Trukikaitis_Postimees, lk 90
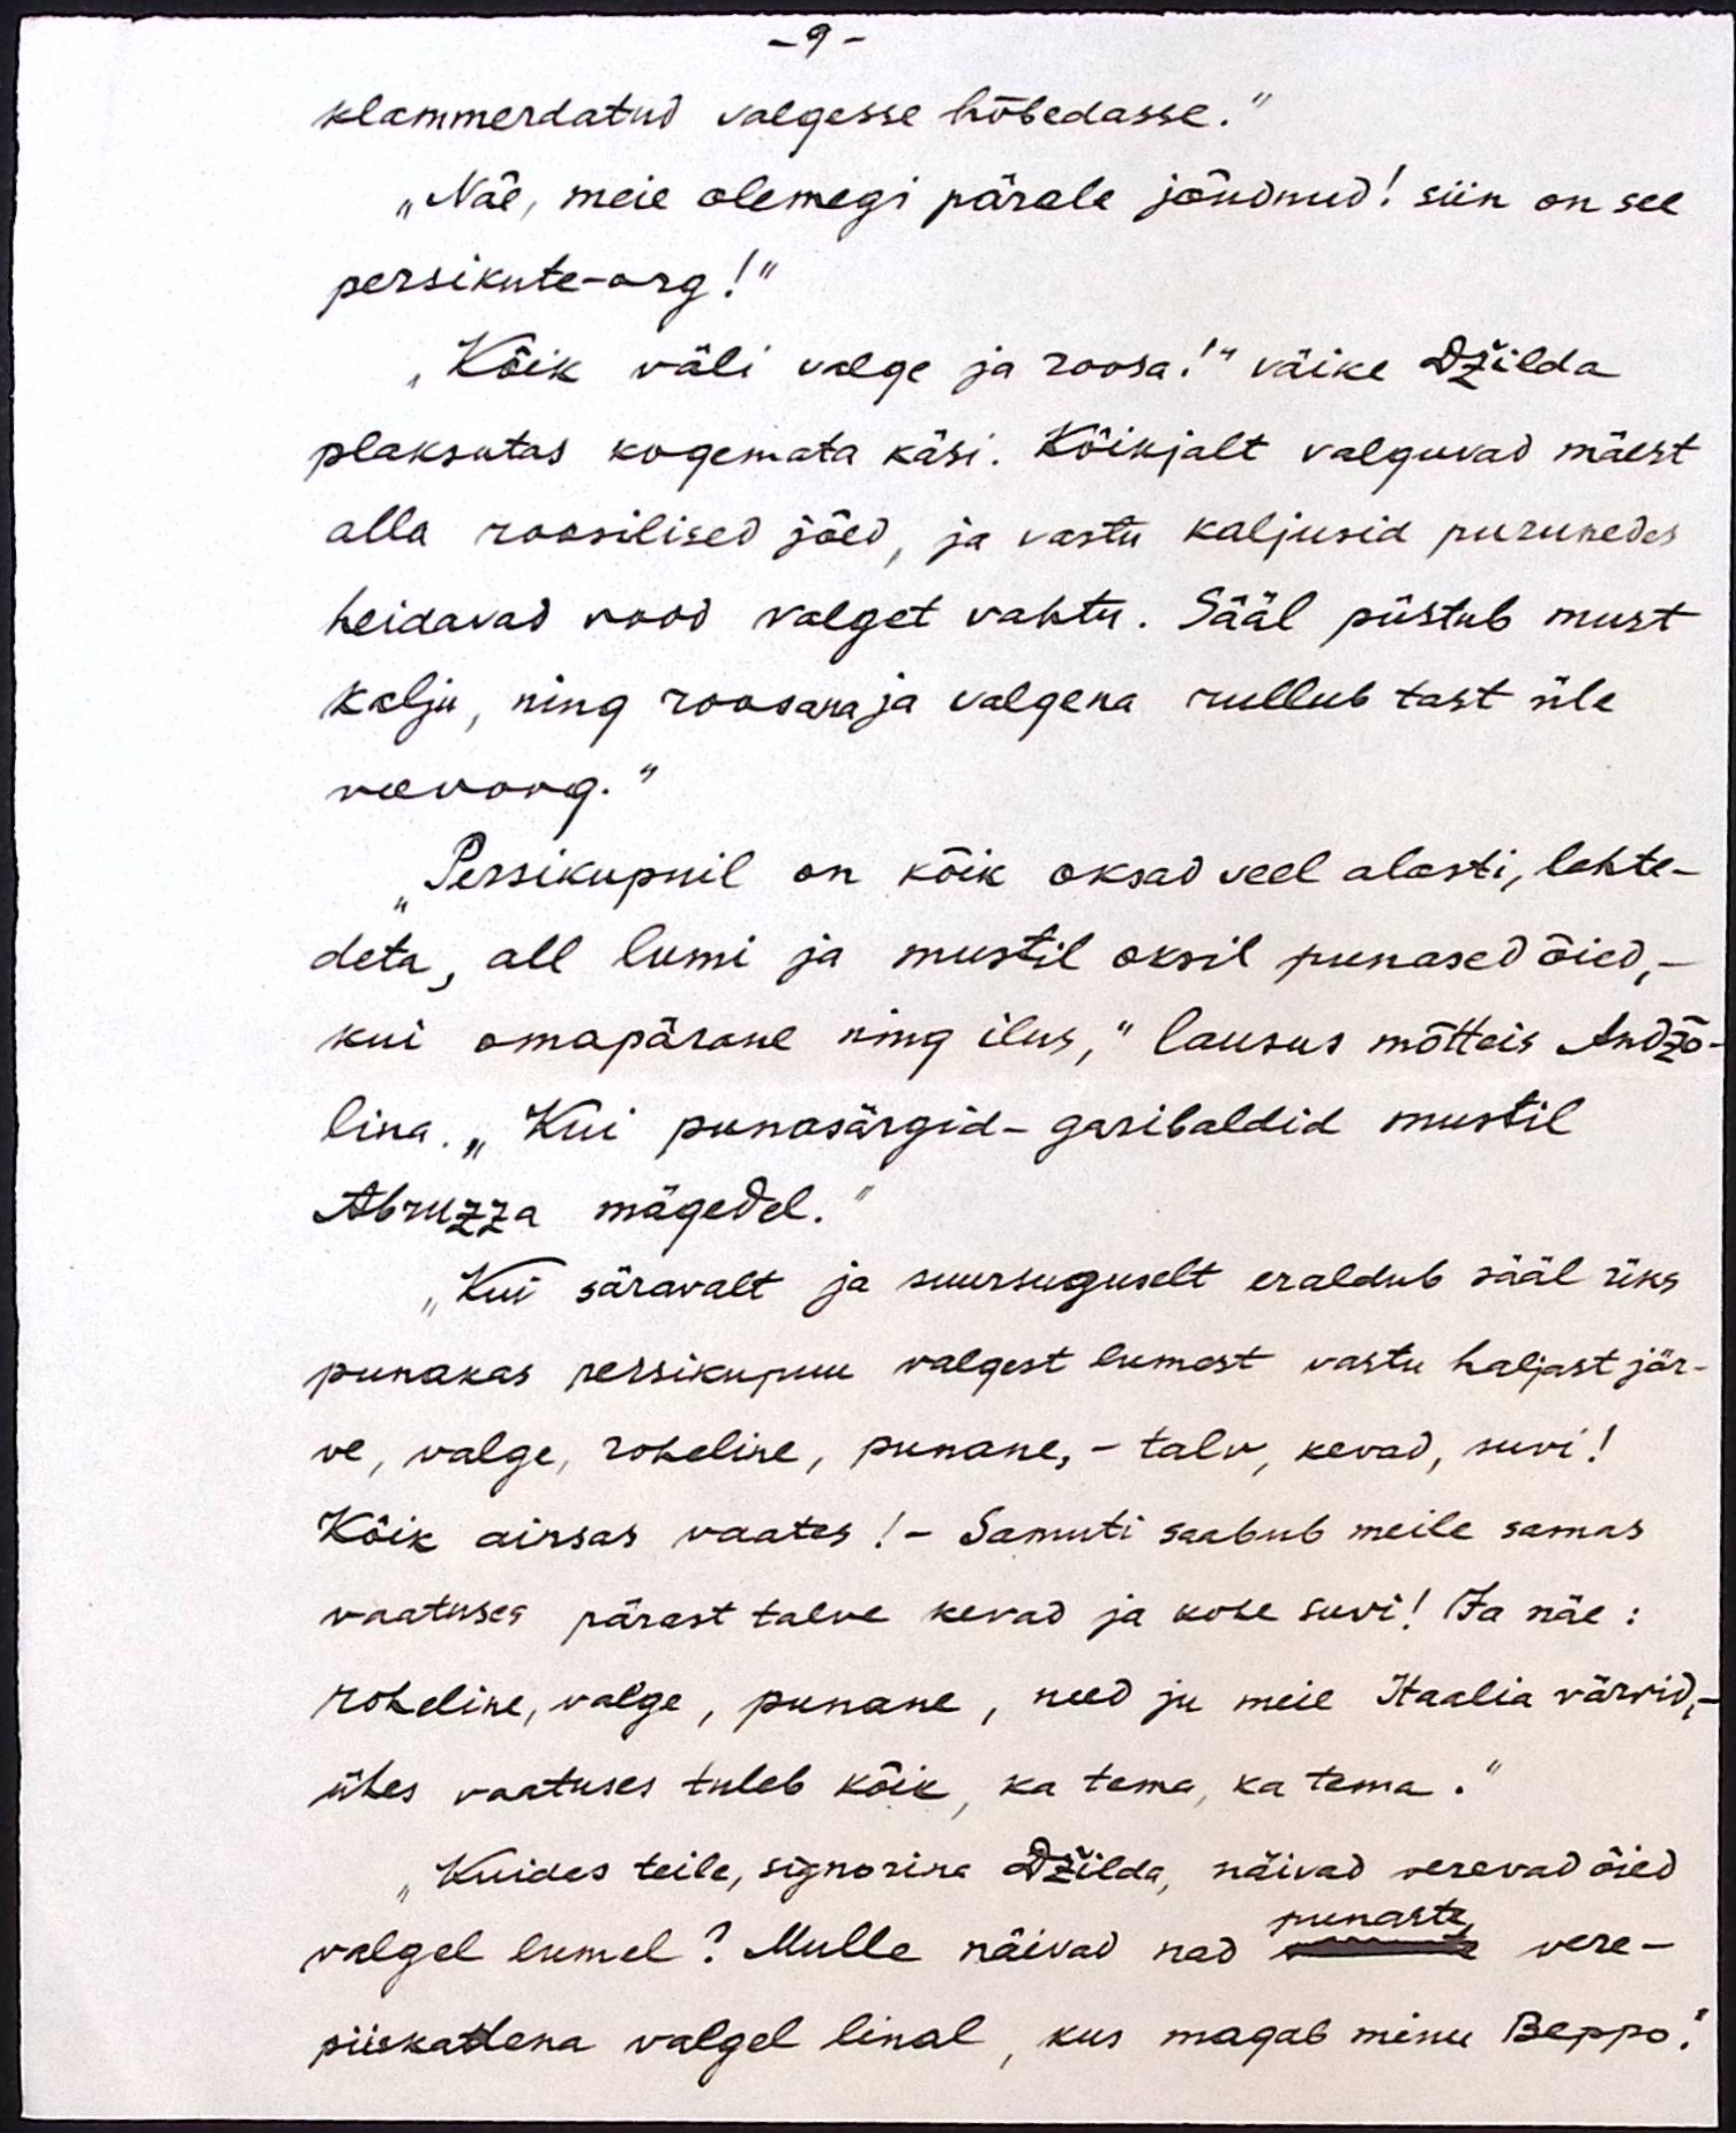
- 9 -
klammerdatud valgesse hõbedasse.“
„Näe, meie olemegi pärale jõudnud! siin on see
persikute-org!"
„Kõik väli valge ja roosa!" väike Džilda
plaksutas kogemata käsi. Kõikjalt valguvad mäest
alla roosilised jõed, ja vastu kaljusid purunedes
heidavad vood valget vahtu. Sääl püstub must
kalju, ning roosana ja valgena rullub tast üle
veevoog.“
"Persikupuil on kõik oksad veel alasti, lehte-
deta, all lumi ja mustil oksil punased õied, -
kui omapärane ning ilus, "lausus mõtteis Andžo-
lina. "Kui punasärgid-garibaldid mustil
Abruzza mägedel."
"Kui säravalt ja suursuguselt eraldub sääl üks
punakas persikupuu valgest lumest vastu haljast jär-
ve, valge, roheline, punane, - talv, kevad, suvi!
Kõik ainsas vaates! - Samuti saabub meile samas
vaatuses pärast talve kevad ja kohe suvi! Ja näe:
roheline, valge, punane, need ju meie Itaalia värvid,-
ühes vaatuses tuleb kõik, ka tema, ka tema."
"Kuidas teile, signorina Džilda, näivad verevad õied
punaste
valgel lumel? Mulle näivad nad omma vere-
piiskadena valgel linal, kus magab minu Beppo."